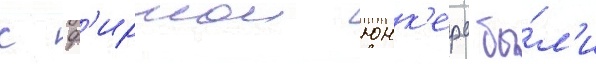
с ф'ирмои юнк'ерс бы́л'и